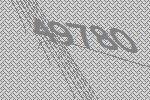
49780